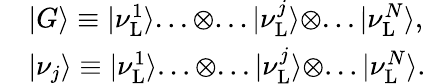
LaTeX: \begin{array}{rl}&{|G\rangle\equiv|\nu_{\mathrm{L}}^{1}\rangle...\otimes...|\nu_{\mathrm{L}}^{j}\rangle\otimes...|\nu_{\mathrm{L}}^{N}\rangle,}\\ &{|\nu_{j}\rangle\equiv|\nu_{\mathrm{L}}^{1}\rangle...\otimes...|\nu_{\mathrm{L}}^{j}\rangle\otimes...|\nu_{\mathrm{L}}^{N}\rangle.}\end{array}